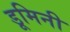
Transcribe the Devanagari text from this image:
डूमिनी